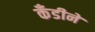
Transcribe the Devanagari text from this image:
कँडीने